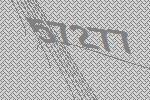
57277